Regulations for the medical services of the Army of India
Year: 1930
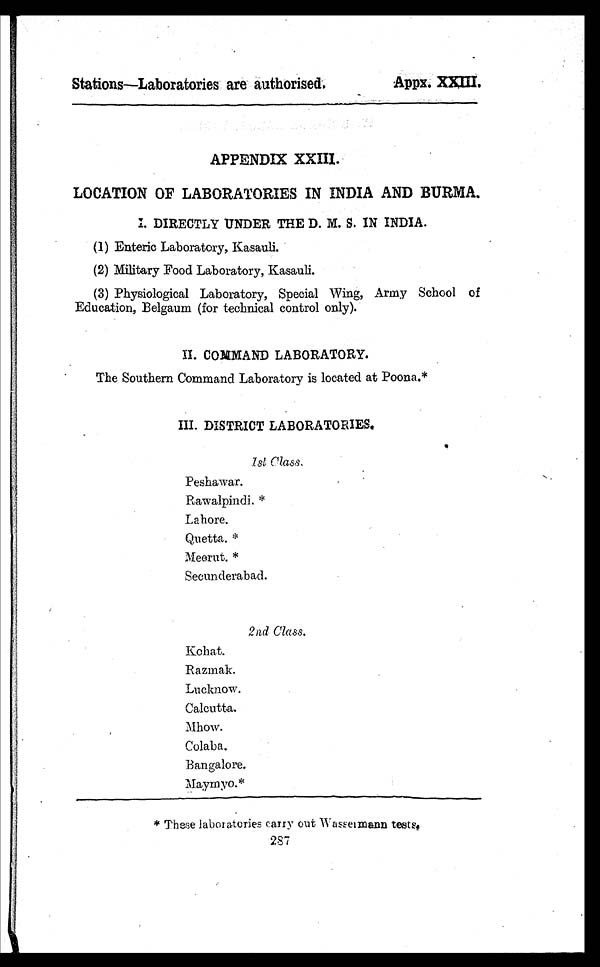
Stations—Laboratories are authorised.
Appx. XXIII.
APPENDIX XXIII.
LOCATION OF LABORATORIES IN INDIA AND BURMA.
DIRECTLY UNDER THE D. M. S. IN INDIA.
(1) Enteric Laboratory, Kasauli.
(2) Military Food Laboratory, Kasauli.
(3) Physiological Laboratory, Special Wing, Army School of
Education, Belgaum (for technical control only).
II. COMMAND LABORATORY.
The Southern Command Laboratory is located at Poona.*
III. DISTRICT LABORATORIES.
1st Class.
Peshawar.
Rawalpindi. *
Lahore.
Quetta. *
Meerut. *
Secunderabad.
2nd Class.
Kohat.
Razmak.
Lucknow.
Calcutta.
Mhow.
Colaba.
Bangalore.
Maymyo.*
* These laboratories carry out Wasseimann tests.
287